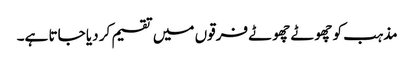
مذہب کو چھوٹے چھوٹے فرقوں میں تقسیم کر دیا جاتا ہے۔